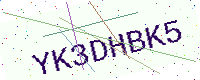
Text: YK3DHBK5